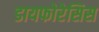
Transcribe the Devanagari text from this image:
डायफोरेसिस